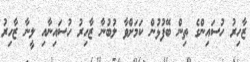
ޒާހިރު ހުސައިންގެ ތިން ބޭފުޅުން ކަމަށްވާ ލުބުނާ ޒާހިރު ހުސައިނާއި ލީނާ ޒާހިރު